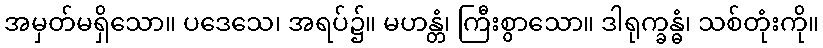
အမှတ်မရှိသော။ ပဒေသေ၊ အရပ်၌။ မဟန္တံ၊ ကြီးစွာသော။ ဒါရုက္ခန္ဓံ၊ သစ်တုံးကို။